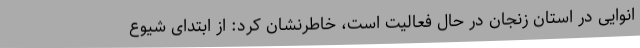
انوایی در استان زنجان در حال فعالیت است، خاطرنشان کرد: از ابتدای شیوع